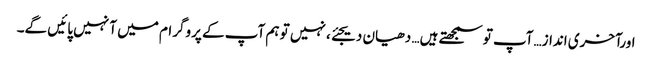
اورآخری انداز…آپ تو سمجھتے ہیں… دھیان دیجئے، نہیں تو ہم آپ کے پروگرام میں آ نہیں پائیں گے۔